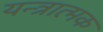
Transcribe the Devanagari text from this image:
यन्त्रात्मक